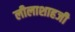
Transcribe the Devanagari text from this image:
लीलाशाहजी